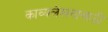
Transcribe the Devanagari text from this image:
काव्यलेखनासाठी